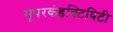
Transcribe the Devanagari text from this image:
सूपरकंडक्टिविटी